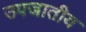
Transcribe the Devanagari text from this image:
उपजातीय